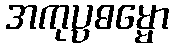
အကုပ္ပဓမ္မော